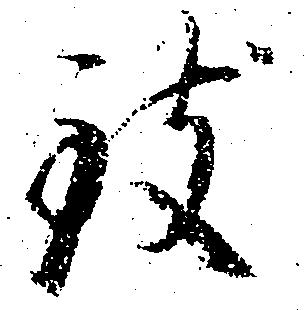
致